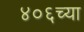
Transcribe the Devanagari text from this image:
४०६च्या